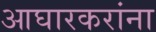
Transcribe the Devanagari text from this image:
आघारकरांना